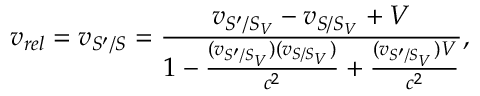
v _ { r e l } = v _ { S ^ { \prime } / S } = \frac { v _ { S ^ { \prime } / S _ { V } } - v _ { S / S _ { V } } + V } { 1 - \frac { ( v _ { S ^ { \prime } / S _ { V } } ) ( v _ { S / S _ { V } } ) } { c ^ { 2 } } + \frac { ( v _ { S ^ { \prime } / S _ { V } } ) V } { c ^ { 2 } } } ,